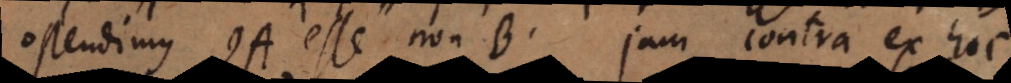
ostendimus QA esse non B. Jam contra ex hoc